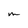
Character: M